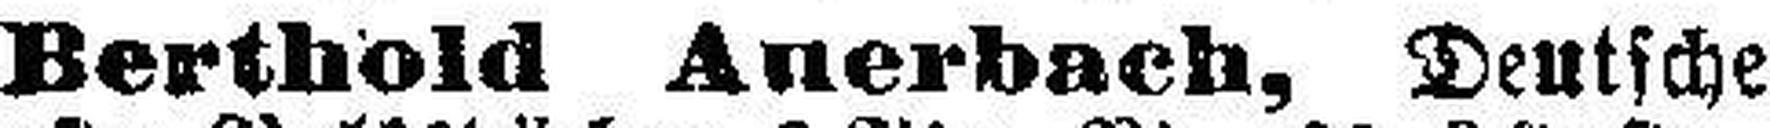
Berthold Auerbach, Deutsche